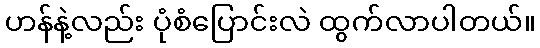
ဟန်နဲ့လည်း ပုံစံပြောင်းလဲ ထွက်လာပါတယ်။